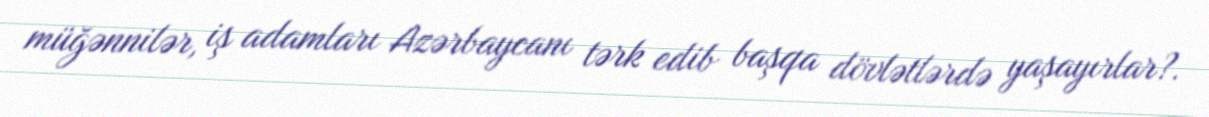
müğənnilər, iş adamları Azərbaycanı tərk edib başqa dövlətlərdə yaşayırlar?.